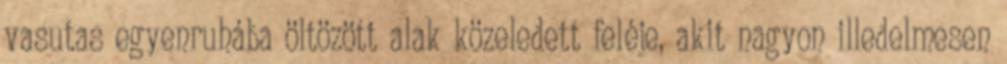
vasutas egyenruhába öltözött alak közeledett feléje, akit nagyon illedelmesen